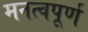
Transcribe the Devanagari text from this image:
मनत्वपूर्ण